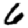
Digit: 6